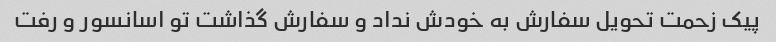
پیک زحمت تحویل سفارش به خودش نداد و سفارش گذاشت تو اسانسور و رفت